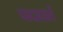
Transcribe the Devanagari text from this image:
पादाघातें